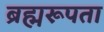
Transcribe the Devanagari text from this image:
ब्रह्मरूपता